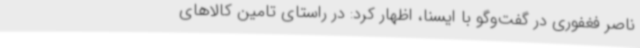
ناصر فغفوری در گفت‌وگو با ایسنا، اظهار کرد: در راستای تامین کالاهای